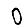
Digit: 0